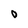
Character: O